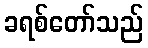
ခရစ်တော်သည်